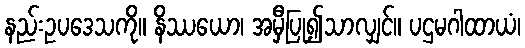
နည်းဥပဒေသကို။ နိဿယော၊ အမှီပြု၍သာလျှင်။ ပဌမဂါထာယံ၊